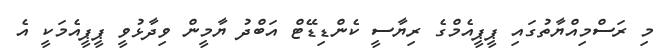
މި ރަސްމިއްޔާތުގައި ޕީޕީއެމްގެ ރިޔާސީ ކެންޑިޑޭޓް އަބްދު ޔާމީން ވިދާޅުވީ ޕީޕީއެމަކީ އެ